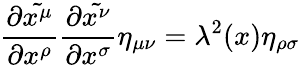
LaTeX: {\frac{\partial{\tilde{x^{\mu}}}}{\partial x^{\rho}}}{\frac{\partial{\tilde{x^{\nu}}}}{\partial x^{\sigma}}}\eta_{\mu\nu}=\lambda^{2}(x)\eta_{\rho\sigma}